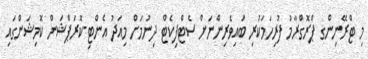
މި ޓްރޭނިންގ ޕްރޮގްރާމު ފުރިހަމަކުރި ބައިވެރިންނަށް ސެޓްފިކެޓް ދިނުމަށް މިއަދު އެންޓި-ކޮރަޕްޝަން ކޮމިޝަންގައި